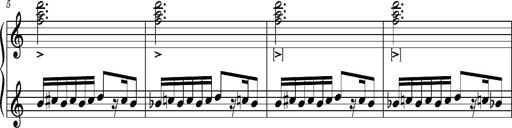
Title: La mandragore
Composer: Franz Liszt